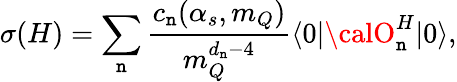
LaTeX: \sigma(H)=\sum_{\mathtt{n}}{\frac{{c_{\mathtt{n}}(\alpha_{s},m_{Q})}}{{m_{Q}^{d_{\mathtt{n}}-4}}}}\langle0|{\calO}_{\mathtt{n}}^{H}|0\rangle,